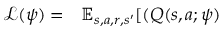
\begin{array} { r l } { \mathcal { L } ( \psi ) = } & { { } \mathbb { E } _ { s , a , r , s ^ { \prime } } [ ( Q ( s , a ; \psi ) } \end{array}